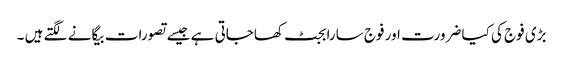
بڑی فوج کی کیا ضرورت اور فوج سارا بجٹ کھاجاتی ہے جیسے تصورات بیگانے لگتے ہیں ۔